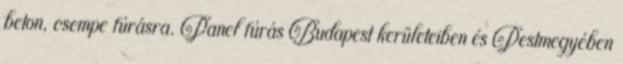
beton, csempe fúrásra. Panel fúrás Budapest kerületeiben és Pestmegyében